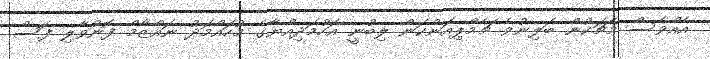
އެއްވެސް މެޗަކުން ބަލިނުވެ ޗެމްޕިއަންކަން ލިބުނީ އަހުމަދިއްޔާގެ މުހައްމަދު ނައްޒާމް ފޮނުވާލި ފަސް